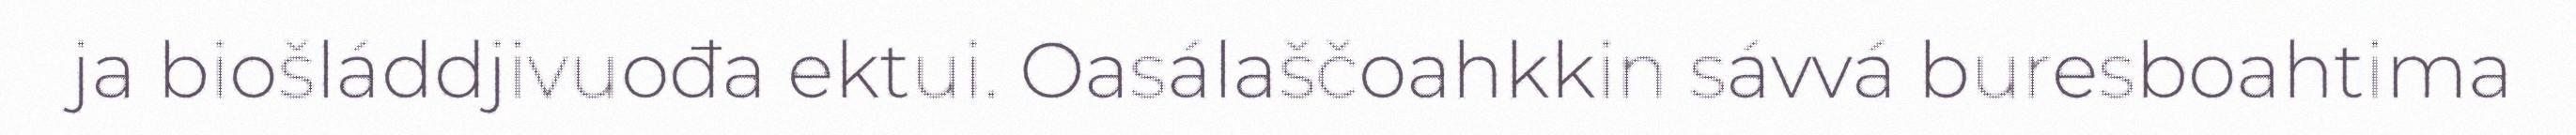
ja biošláddjivuođa ektui. Oasálaščoahkkin sávvá buresboahtima